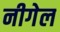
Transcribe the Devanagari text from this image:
नीगेल